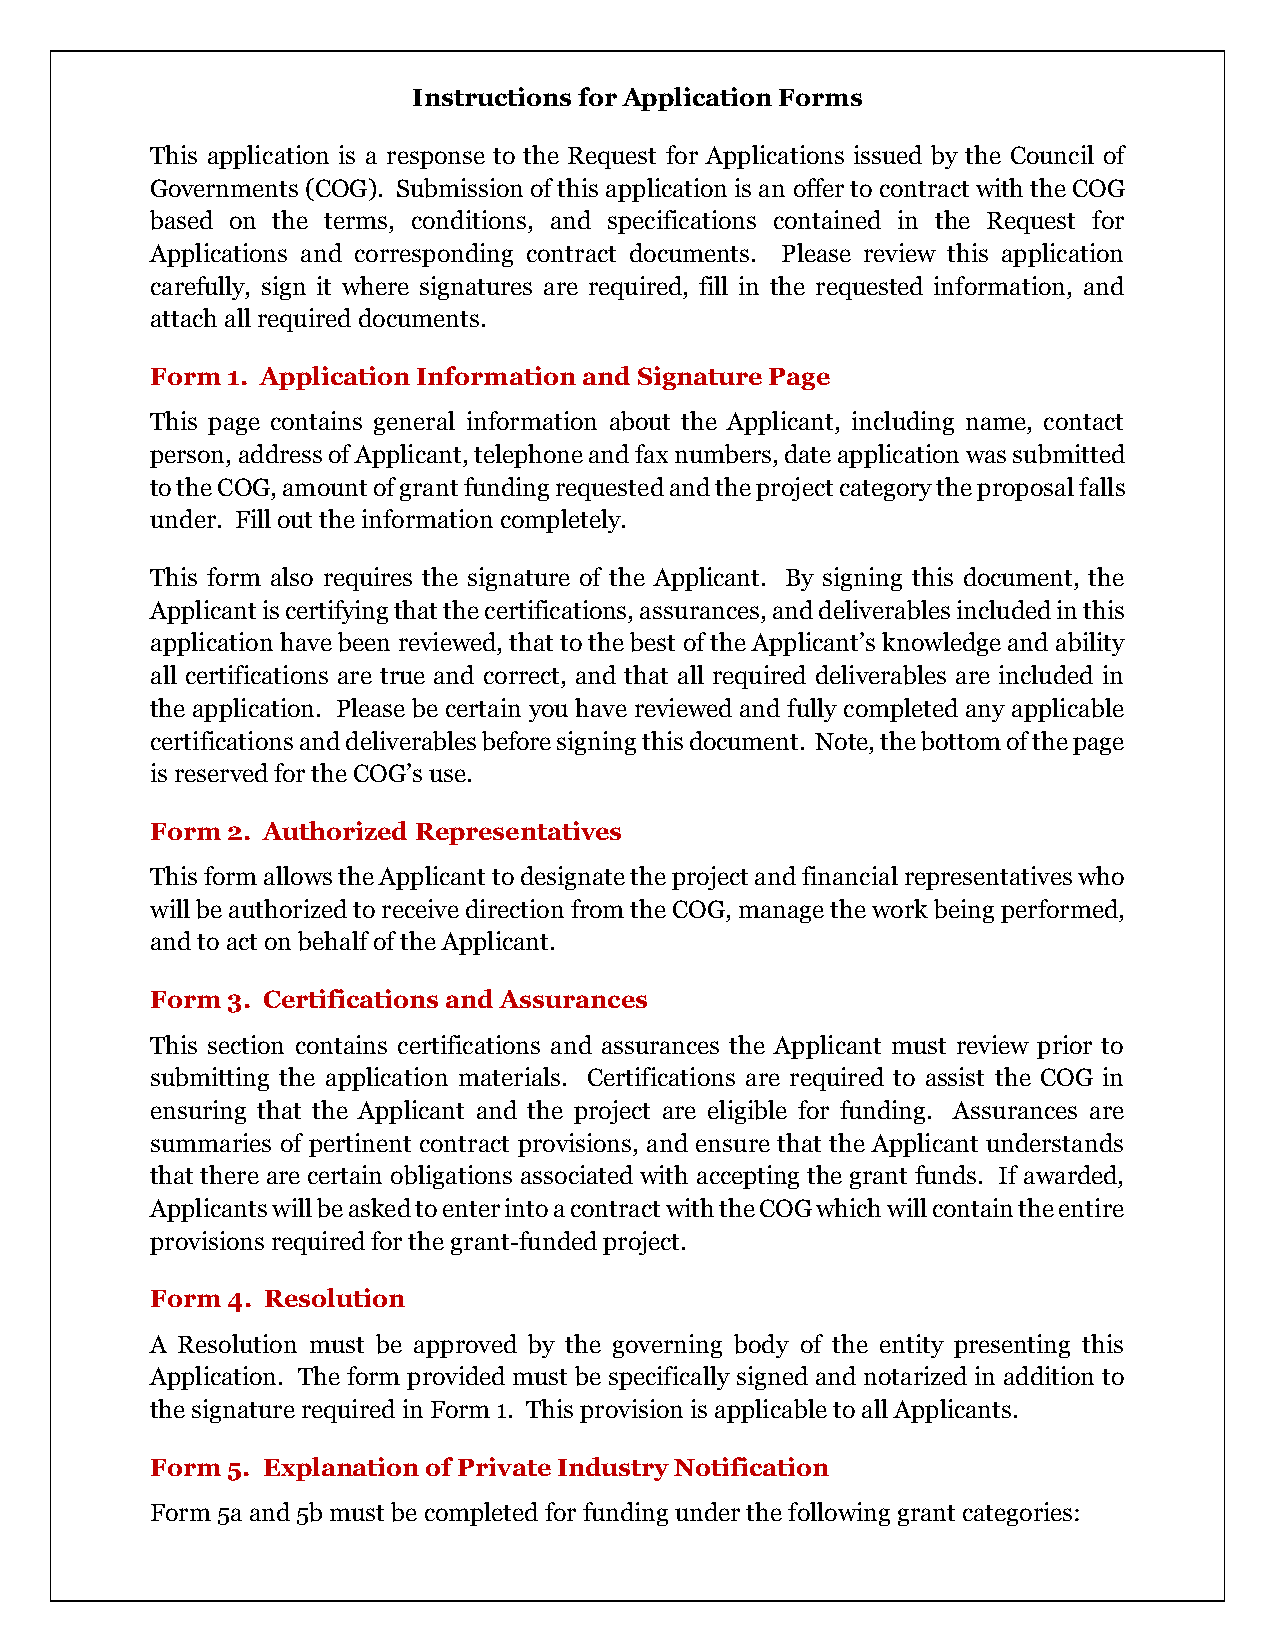
Instructions for Application Forms
 This application is a response to the Request for Applications issued by the Council of
 Governments (COG). Submission of this application is an offer to contract with the COG
 based on the terms, conditions, and specifications contained in the Request for
 Applications and corresponding contract documents. Please review this application
 carefully, sign it where signatures are required, fill in the requested information, and
 attach all required documents.
 Form 1. Application Information and Signature Page
 This page contains general information about the Applicant, including name, contact
 person, address of Applicant, telephone and fax numbers, date application was submitted
 to the COG, amount of grant funding requested and the project category the proposal falls
 under. Fill out the information completely.
 This form also requires the signature of the Applicant. By signing this document, the
 Applicant is certifying that the certifications, assurances, and deliverables included in this
 application have been reviewed, that to the best of the Applicant’s knowledge and ability
 all certifications are true and correct, and that all required deliverables are included in
 the application. Please be certain you have reviewed and fully completed any applicable
 certifications and deliverables before signing this document. Note, the bottom of the page
 is reserved for the COG’s use.
 Form 2. Authorized Representatives
 This form allows the Applicant to designate the project and financial representatives who
 will be authorized to receive direction from the COG, manage the work being performed,
 and to act on behalf of the Applicant.
 Form 3. Certifications and Assurances
 This section contains certifications and assurances the Applicant must review prior to
 submitting the application materials. Certifications are required to assist the COG in
 ensuring that the Applicant and the project are eligible for funding. Assurances are
 summaries of pertinent contract provisions, and ensure that the Applicant understands
 that there are certain obligations associated with accepting the grant funds. If awarded,
 Applicants will be asked to enter into a contract with the COG which will contain the entire
 provisions required for the grant-funded project.
 Form 4. Resolution
 A Resolution must be approved by the governing body of the entity presenting this
 Application. The form provided must be specifically signed and notarized in addition to
 the signature required in Form 1. This provision is applicable to all Applicants.
 Form 5. Explanation of Private Industry Notification
 Form 5a and 5b must be completed for funding under the following grant categories: